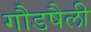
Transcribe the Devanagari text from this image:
गौडषैली